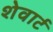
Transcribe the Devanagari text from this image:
शेवार्ट